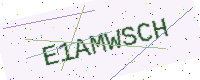
Text: E1AMWSCH